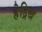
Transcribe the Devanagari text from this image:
हेड्रिख